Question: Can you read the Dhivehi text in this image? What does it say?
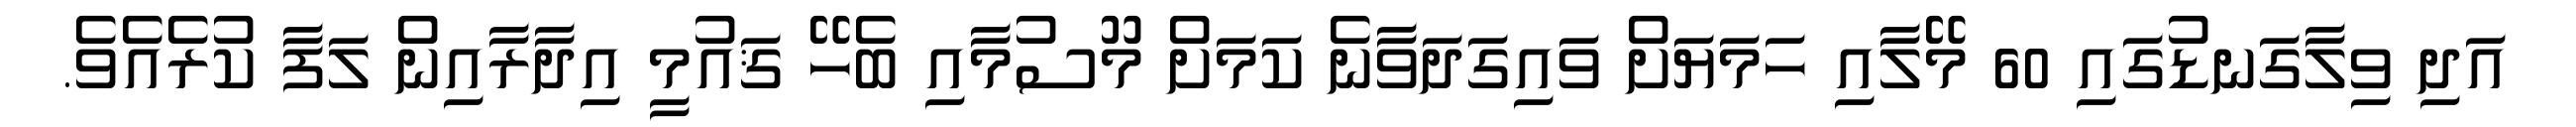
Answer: އަދި ވިލާގަނޑުގައި 60 މޭލާއި ހަމަޔަށް ވައިގަދަވާނެ ކަމަށް މޫސުމާއި ބެހޭ ޤައުމީ އިދާރާއިން ލަފާ ކުރެއެވެ.